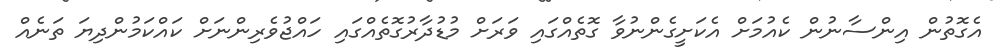
އެގޮތުން އިންސާނުން ކެއުމަށް އެކަށީގެންނުވާ ގޮތެއްގައި ވަރަށް މުޑުދާރުގޮތެއްގައި ހައްޖުވެރިންނަށް ކައްކަމުންދިޔަ ތަނެއް